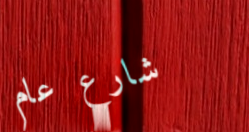
شارع عام